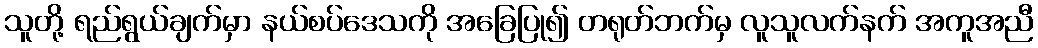
သူတို့ ရည်ရွယ်ချက်မှာ နယ်စပ်ဒေသကို အခြေပြု၍ တရုတ်ဘက်မှ လူသူလက်နက် အကူအညီ